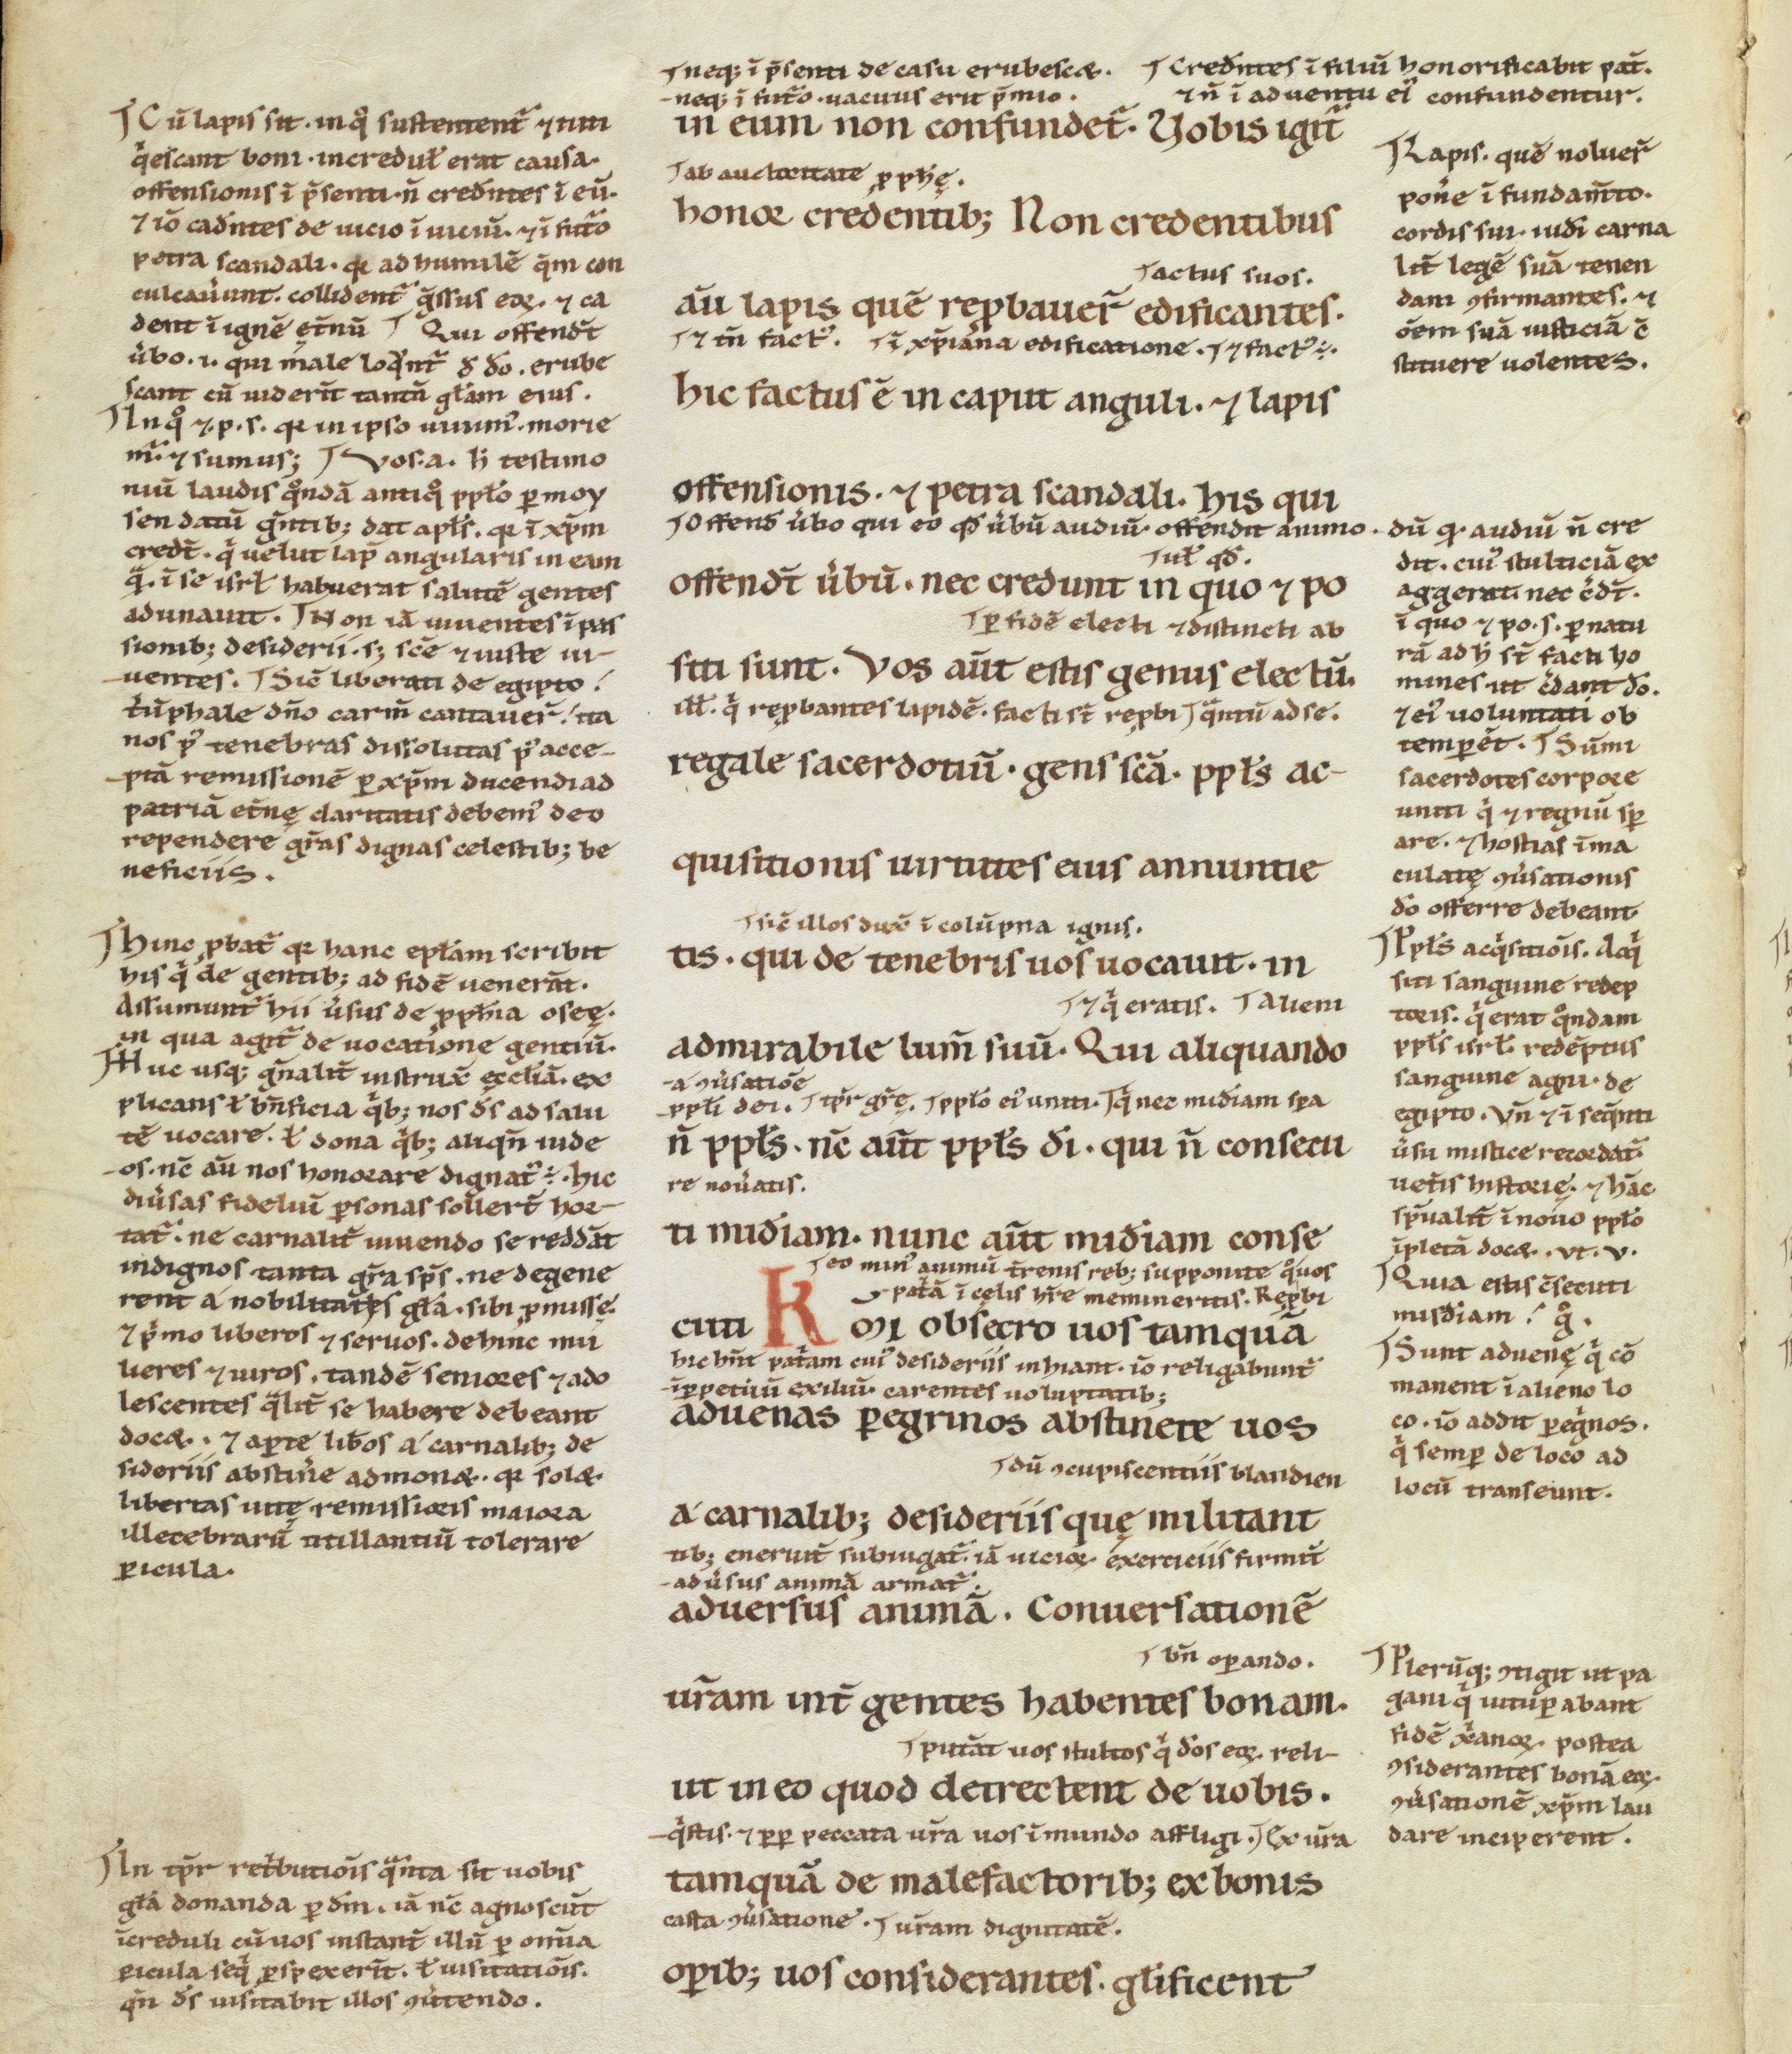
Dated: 1100–1199